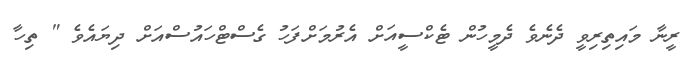
ރީނާ މައިތިރިވީ ދެނެވެ ދެމީހުން ޓެކްސީއަށް އެރުމަށްފަހު ގެސްޓްހައުސްއަށް ދިޔައެވެ " ތިހާ